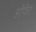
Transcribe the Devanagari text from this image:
ओफेर